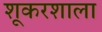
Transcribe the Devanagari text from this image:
शूकरशाला